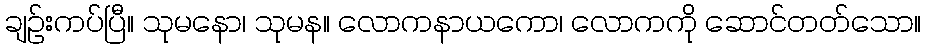
ချဉ်းကပ်ပြီ။ သုမနော၊ သုမန။ လောကနာယကော၊ လောကကို ဆောင်တတ်သော။